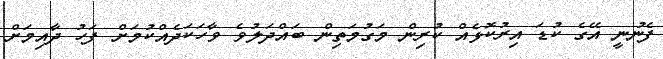
ފެނުނީ އޭގެ ކުޑަ އިރުކޮޅެއް ކުރިން މަގުމަތިން ބައްދަލުވެ ވާހަކަދެއްކުމަށް ފަހު ދާއިމަށް